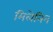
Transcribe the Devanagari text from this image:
मिलेनिन